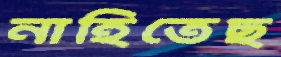
নাহিতেছ